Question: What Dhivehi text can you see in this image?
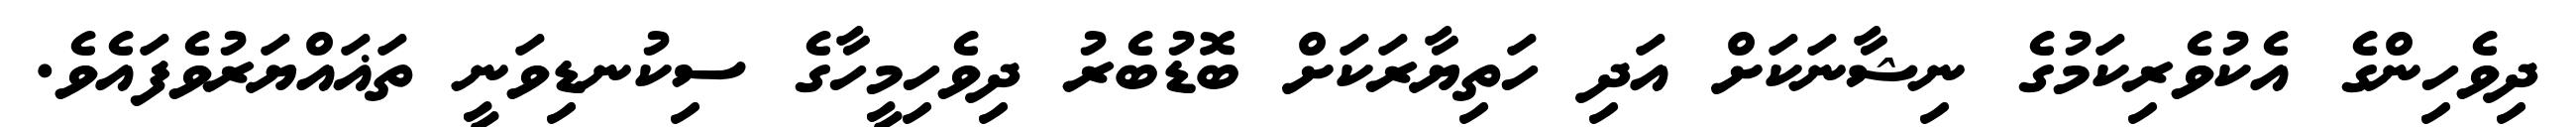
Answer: ދިވެހިންގެ އެކުވެރިކަމުގެ ނިޝާނަކަށް އަދި ހަތިޔާރަކަށް ބޮޑުބެރު ދިވެހިމީހާގެ ސިކުނޑިވަނީ ތަޣައްޔަރުވެފައެވެ.